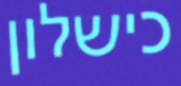
כישלון